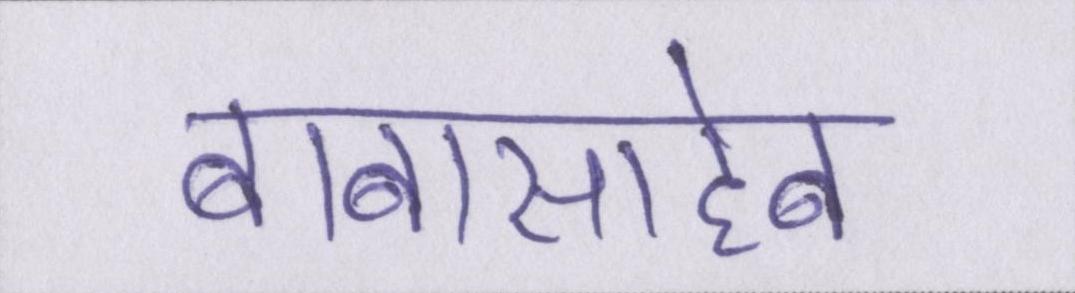
बाबासाहेब